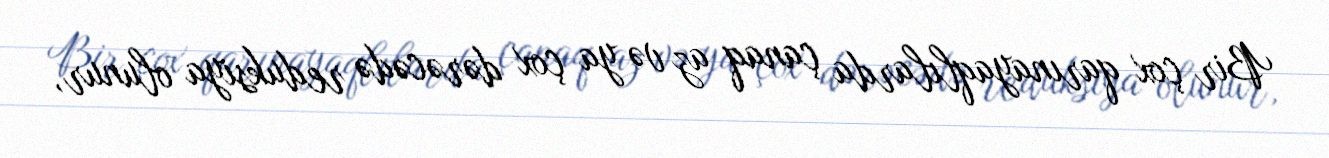
Bir çox qarınayaqlılarda çanaq az və ya çox dərəcədə reduksiya olunur,